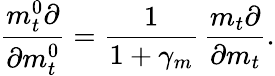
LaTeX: \frac{m_{t}^{0}\partial}{\partial m_{t}^{0}}=\frac{1}{1+\gamma_{m}}\, \frac{m_{t}\partial}{\partial m_{t}}.